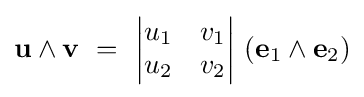
\mathbf {u} \wedge \mathbf {v} \ =\ {\begin{vmatrix}u_{1}&v_{1}\\u_{2}&v_{2}\end{vmatrix}}\ (\mathbf {e} _{1}\wedge \mathbf {e} _{2})